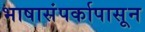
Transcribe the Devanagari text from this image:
भाषासंपर्कापासून